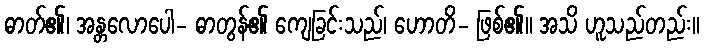
ဓာတ်၏၊ အန္တလောပေါ- ဓာတွန်၏ ကျေခြင်းသည်၊ ဟောတိ- ဖြစ်၏။ အသိ ဟူသည်တည်း။